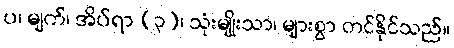
ပ၊ မျက်၊ အိပ်ရာ (၃)၊ သုံးမျိုးသာ၊ များစွာ တင်နိုင်သည်။